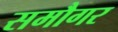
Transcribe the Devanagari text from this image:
समौगर